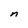
Character: n